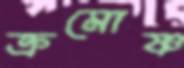
ক্রমোষ্ণ